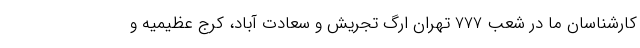
کارشناسان ما در شعب 777 تهران ارگ تجریش و سعادت آباد، کرج عظیمیه و